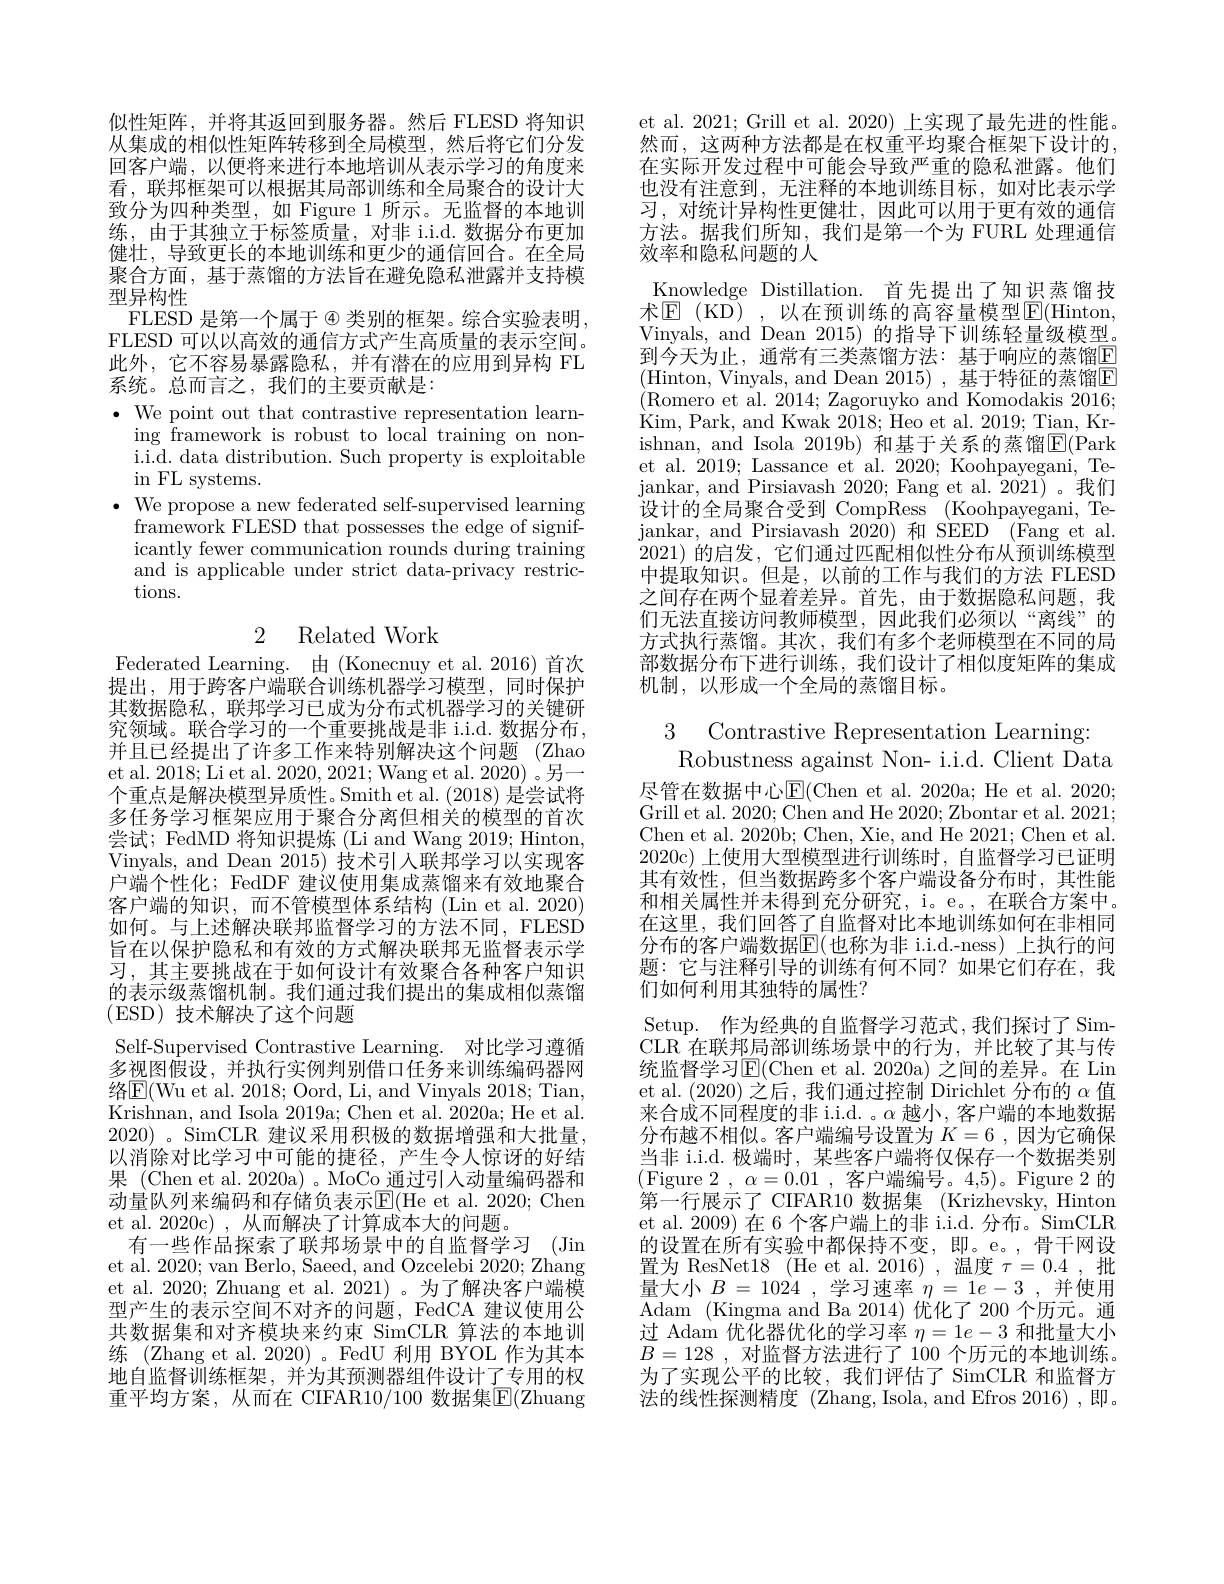
似性矩阵，并将其返回到服务器。然后 FLESD 将知识从集成的相似性矩阵转移到全局模型，然后将它们分发回客户端，以便将来进行本地培训从表示学习的角度来看，联邦框架可以根据其局部训练和全局聚合的设计大致分为四种类型，如 Figure 1 所示。无监督的本地训练，由于其独立于标签质量，对非 i.i.d.数据分布更加健壮，导致更长的本地训练和更少的通信回合。在全局聚合方面，基于蒸馏的方法旨在避免隐私泄露并支持模型异构性
FLESD 是第一个属于 @ 类别的框架。综合实验表明FLESD 可以以高效的通信方式产生高质量的表示空间。此外，它不容易暴露隐私，并有潜在的应用到异构 FL 系统。总而言之，我们的主要贡献是：
$\bullet$ We point out that contrastive representation learn-
ing framework is robust to local training on noni.i.d. data distribution. Such property is exploitable in FL systems.
$\bullet$ We propose a new federated self-supervised learning
framework FLESD that possesses the edge of significantly fewer communication rounds during training and is applicable under strict data-privacy restrictions.

## 2 Related Work

Federated Learning. 由 (Konecnuy et al.2016) 首次提出，用于跨客户端联合训练机器学习模型，同时保护其数据隐私，联邦学习已成为分布式机器学习的关键研究领域。联合学习的一个重要挑战是非 i.i.d. 数据分布， 并且已经提出了许多工作来特别解决这个问题 (Zhao et al. 2018; Li et al. 2020, 2021; Wang et al. 2020) 。另一个重点是解决模型异质性。Smith et al. (2018)是尝试将多任务学习框架应用于聚合分离但相关的模型的首次尝试；FedMD 将知识提炼 (Li and Wang 2019; Hinton, Vinyals, and Dean 2015) 技术引人联邦学习以实现客户端个性化；FedDF 建议使用集成蒸馏来有效地聚合客户端的知识，而不管模型体系结构 (Lin et al. 2020) 如何。与上述解决联邦监督学习的方法不同，FLESD 旨在以保护隐私和有效的方式解决联邦无监督表示学习，其主要挑战在于如何设计有效聚合各种客户知识的表示级蒸馏机制。我们通过我们提出的集成相似蒸馏(ESD)技术解决了这个问题

Self-Supervised Contrastive Learning. 对比学习遵循多视图假设，并执行实例判别借口任务来训练编码器网络 $\boxed{\mathrm{E} }($Wu et al. 2018; Oord, Li, and Vinyals 2018; Tian, Krishnan, and Isola 2019a; Chen et al. 2020a; He et al. $2020)~$。SimCLR 建议采用积极的数据增强和大批量， 以消除对比学习中可能的捷径，产生令人惊讶的好结果 (Chen et al. 2020a) 。MoCo\_通过引人动量编码器和动量队列来编码和存储负表示$\mathbb{E}($He et al. 2020; Chen et al. 2020c) , 从而解决了计算成本大的问题。
有一些作品探索了联邦场景中的自监督学习 (Jin et al. 2020; van Berlo, Saeed, and Ozcelebi 2020; Zhang et al. 2020; Zhuang et al. 2021)。为了解决客户端模型产生的表示空间不对齐的问题，FedCA 建议使用公共数据集和对齐模块来约束 SimCLR 算法的本地训练 (Zhang et al. 2020)。FedU 利用 BYOL 作为其本地自监督训练框架，并为其预测器组件设计了专用的权重平均方案，从而在 CIFAR10/100 数据集$\mathbb{E}($Zhuang

et al. 2021; Grill et al. 2020) 上实现了最先进的性能。然而，这两种方法都是在权重平均聚合框架下设计的， 在实际开发过程中可能会导致严重的隐私泄露。他们也没有注意到，无注释的本地训练目标，如对比表示学习，对统计异构性更健壮，因此可以用于更有效的通信方法。据我们所知，我们是第一个为 FURL 处理通信效率和隐私问题的人
Knowledge Distillation. 首先提出了知识蒸馏技${\text{术}\mathrm{E}}{\mathrm{~(KD)~,~以在预训练的高容量模型}\mathrm{E}}({\mathrm{Hinton}}$, Vinyals, and Dean 2015) 的指导下训练轻量级模型。到今天为止，通常有三类蒸馏方法：基于响应的蒸馏E (Hinton,Vinyals,and Dean 2015),基于特征的蒸馏区(Romero et al. 2014; Zagoruyko and Komodakis 2016; Kim, Park, and Kwak 2018; Heo et al. 2019; Tian, Krishnan, and Isola 2019b)和基于关系的蒸馏$\overline{\mathrm{E}}($Park et al. 2019; Lassance et al. 2020; Koohpayegani, Tejankar, and Pirsiavash 2020; Fang et al. 2021) 。我们设计的全局聚合受到 CompRess (Koohpayegani, Tejankar, and Pirsiavash 2020)和 SEED (Fang et al. 2021)的启发，它们通过匹配相似性分布从预训练模型中提取知识。但是，以前的工作与我们的方法 FLESD 之间存在两个显着差异。首先，由于数据隐私问题，我们无法直接访问教师模型，因此我们必须以“离线”的方式执行蒸馏。其次，我们有多个老师模型在不同的局部数据分布下进行训练，我们设计了相似度矩阵的集成机制，以形成一个全局的蒸馏目标。

3 Contrastive Representation Learning:
Robustness against Non- i.i.d. Client Data 尽管在数据中心$\operatorname{E}($Chen et al. 2020a; He et al. 2020; Grill et al. 2020; Chen and He 2020; Zbontar et al. 2021; Chen et al. 2020b; Chen, Xie, and He 2021; Chen et al. 2020c)上使用大型模型进行训练时，自监督学习已证明其有效性，但当数据跨多个客户端设备分布时，其性能和相关属性并未得到充分研究，i。e。, 在联合方案中。在这里，我们回答了自监督对比本地训练如何在非相同分布的客户端数据E(也称为非 i.i.d.-ness) 上执行的问题：它与注释引导的训练有何不同？如果它们存在，我$\bar{\text{们如何利用其独特的属性}}?$
Setup. 作为经典的自监督学习范式，我们探讨了 SimCLR 在联邦局部训练场景中的行为，并比较了其与传统监督学习$\overline{\mathrm{E}}($Chen et al.2020a) 之间的差异。在 Lin et al. (2020) 之后，我们通过控制 Dirichlet 分布的$\alpha$值来合成不同程度的非 i.i.d. 。$\alpha$越小，客户端的本地数据分布越不相似。客户端编号设置为$K=6$,因为它确保当非 i.i.d. 极端时，某些客户端将仅保存一个数据类别$( \underset {\mu }{\operatorname* { \operatorname* { \mathrm{Figure~2}} } }$, $\alpha = 0. 01$ , 客 户 端 编 号 。4, 5) 。Figure 2 的 第一行展示了 CIFAR10 数据集 (Krizhevsky, Hinton et al. 2009) 在 6 个客户端上的非 i.i.d. 分布。SimCLR 的设置在所有实验中都保持不变，即。e。,骨干网设置为 ResNeti8 (He et al. 2016) ,温度$\tau=0.4$ ,批量大小$B=1024$,学习速率$\eta=1e-3$,并使用Adam (Kingma and Ba 2014) 优化了 200 个历元。通过 Adam 优化器优化的学习率$\eta=1e-3$和批量大小$B=128$ ,对监督方法进行了 100 个历元的本地训练。为了实现公平的比较，我们评估了 SimCLR 和监督方法的线性探测精度 (Zhang,Isola,and Efros 2016),即。